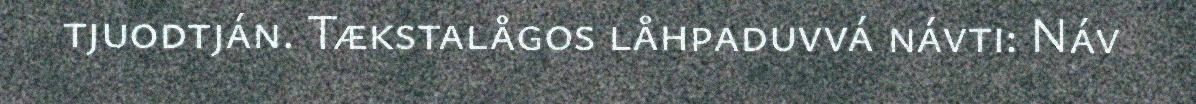
tjuodtján. Tækstalågos låhpaduvvá návti: Náv